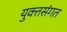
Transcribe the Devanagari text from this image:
युक्तसंगत